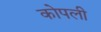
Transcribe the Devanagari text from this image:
कोपली